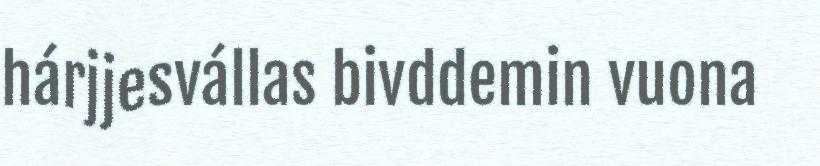
hárjjesvállas bivddemin vuona